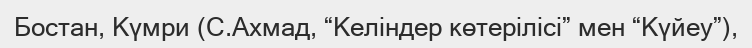
Бостан, Күмри (С.Ахмад, “Келіндер көтерілісі” мен “Күйеу”),